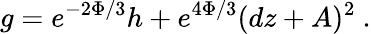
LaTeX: g=e^{-2\Phi/3}h+e^{4\Phi/3}(dz+A)^{2}~.